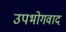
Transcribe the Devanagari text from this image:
उपभोगवाद